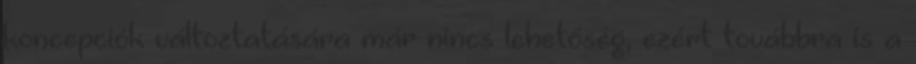
koncepciók változtatására már nincs lehetőség, ezért továbbra is a